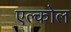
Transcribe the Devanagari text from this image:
एल्कोल